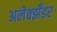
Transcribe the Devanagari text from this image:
अलेक्झँडर